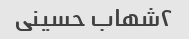
۲شهاب حسینی